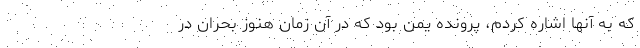
كه به آنها اشاره كردم، پرونده يمن بود كه در آن زمان هنوز بحران در